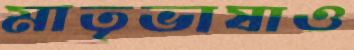
মাতৃভাষাও